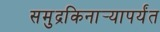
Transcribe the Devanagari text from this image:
समुद्रकिनार्‍यापर्यंत